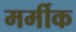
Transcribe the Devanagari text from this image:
मर्मीक